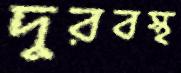
দুরবস্থ